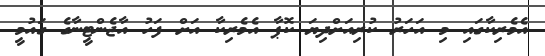
އެމެރިކާގައި މި އަހަރު ކުރިއަށްދިޔަ ކޮޕާ އެމެރިކާ އަށް ފަހު އާޖެންޓީނާގެ ގައުމީ